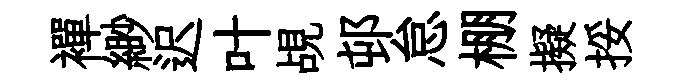
襌緲迟叶覘邨怠棚擬挼